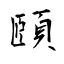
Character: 頤